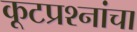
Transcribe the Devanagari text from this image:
कूटप्रश्नांचा